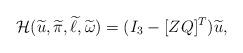
LaTeX: \begin{align*} \mathcal{H}(\widetilde u, \widetilde \pi, \widetilde \ell, \widetilde \omega) = (I_{3} - [ZQ]^{T}) \widetilde u,\end{align*}